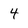
Character: 4